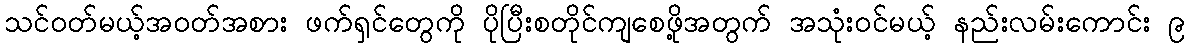
သင်ဝတ်မယ့်အဝတ်အစား ဖက်ရှင်တွေကို ပိုပြီးစတိုင်ကျစေဖို့အတွက် အသုံးဝင်မယ့် နည်းလမ်းကောင်း ၉